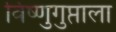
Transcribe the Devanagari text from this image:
विष्णुगुप्ताला